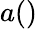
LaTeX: a()